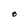
Character: O